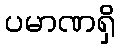
ပမာဏရှိ